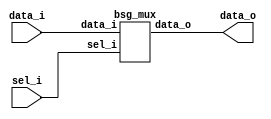


module top
(
  data_i,
  sel_i,
  data_o
);

  input [15:0] data_i;
  input [0:0] sel_i;
  output [15:0] data_o;

  bsg_mux
  wrapper
  (
    .data_i(data_i),
    .sel_i(sel_i),
    .data_o(data_o)
  );


endmodule



module bsg_mux
(
  data_i,
  sel_i,
  data_o
);

  input [15:0] data_i;
  input [0:0] sel_i;
  output [15:0] data_o;
  wire [15:0] data_o;
  assign data_o[15] = data_i[15];
  assign data_o[14] = data_i[14];
  assign data_o[13] = data_i[13];
  assign data_o[12] = data_i[12];
  assign data_o[11] = data_i[11];
  assign data_o[10] = data_i[10];
  assign data_o[9] = data_i[9];
  assign data_o[8] = data_i[8];
  assign data_o[7] = data_i[7];
  assign data_o[6] = data_i[6];
  assign data_o[5] = data_i[5];
  assign data_o[4] = data_i[4];
  assign data_o[3] = data_i[3];
  assign data_o[2] = data_i[2];
  assign data_o[1] = data_i[1];
  assign data_o[0] = data_i[0];

endmodule